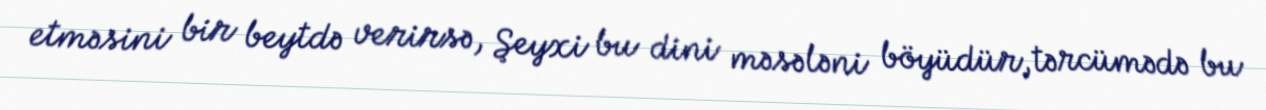
etməsini bir beytdə verirsə, Şeyxi bu dini məsələni böyüdür, tərcümədə bu